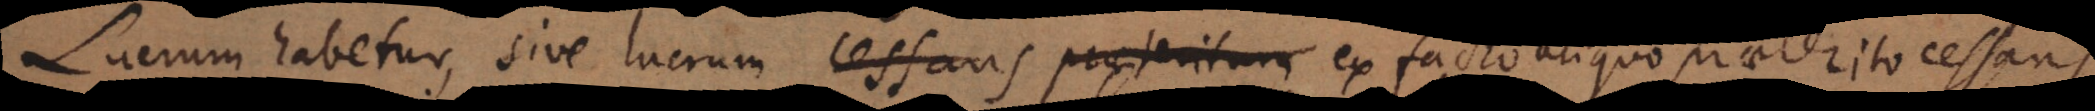
Lucrum habetur, sive lucrum cessans praeteritum ex facto aliquo praeterito cessans